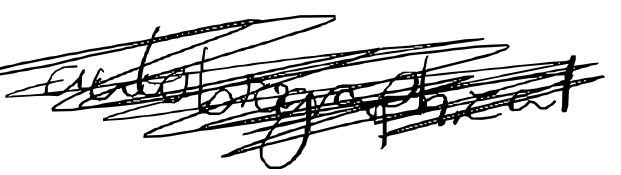
Text: autobiographical
Cross-out: scratch
Writing tool: digital_black